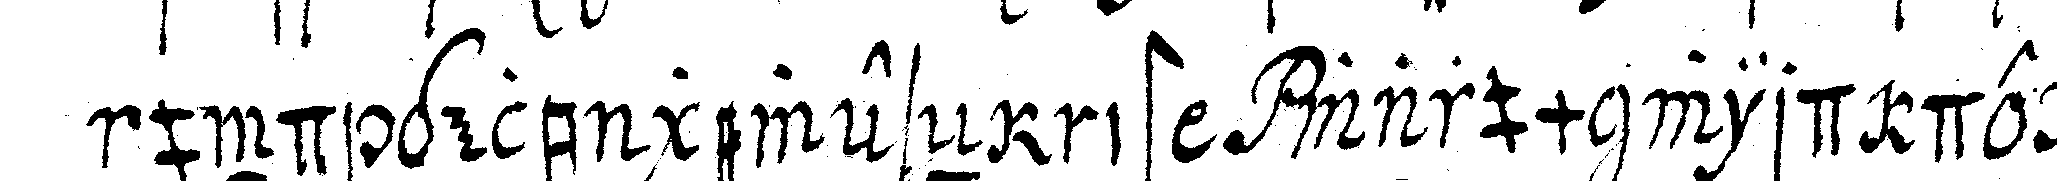
und gelb geweseN ist warum wird der